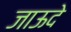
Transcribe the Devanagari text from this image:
जाऊदे